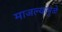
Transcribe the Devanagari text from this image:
माजल्यामुळे